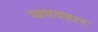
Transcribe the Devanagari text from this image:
व्ययवहार